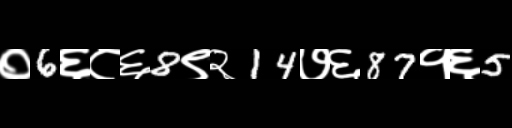
Text: ०6६८६8९२14७६87१६5